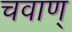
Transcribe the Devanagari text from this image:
चवाण्